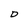
Character: D